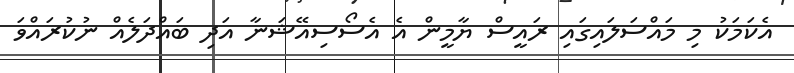
އެކަމަކު މި މައްސަލައިގައި ރައީސް ޔާމީން އެ އެސޯސިއޭޝަނާ އަދި ބައްދަލެއް ނުކުރައްވަ